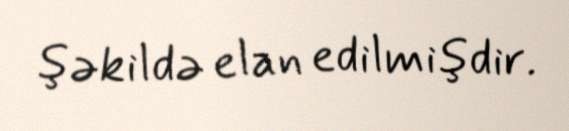
şəkildə elan edilmişdir.